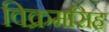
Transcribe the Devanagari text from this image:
विक्रमसिह